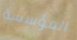
المؤسسة